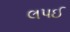
લપઈ